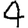
Digit: 4